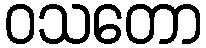
ဝသတော